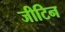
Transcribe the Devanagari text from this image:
जीटिन